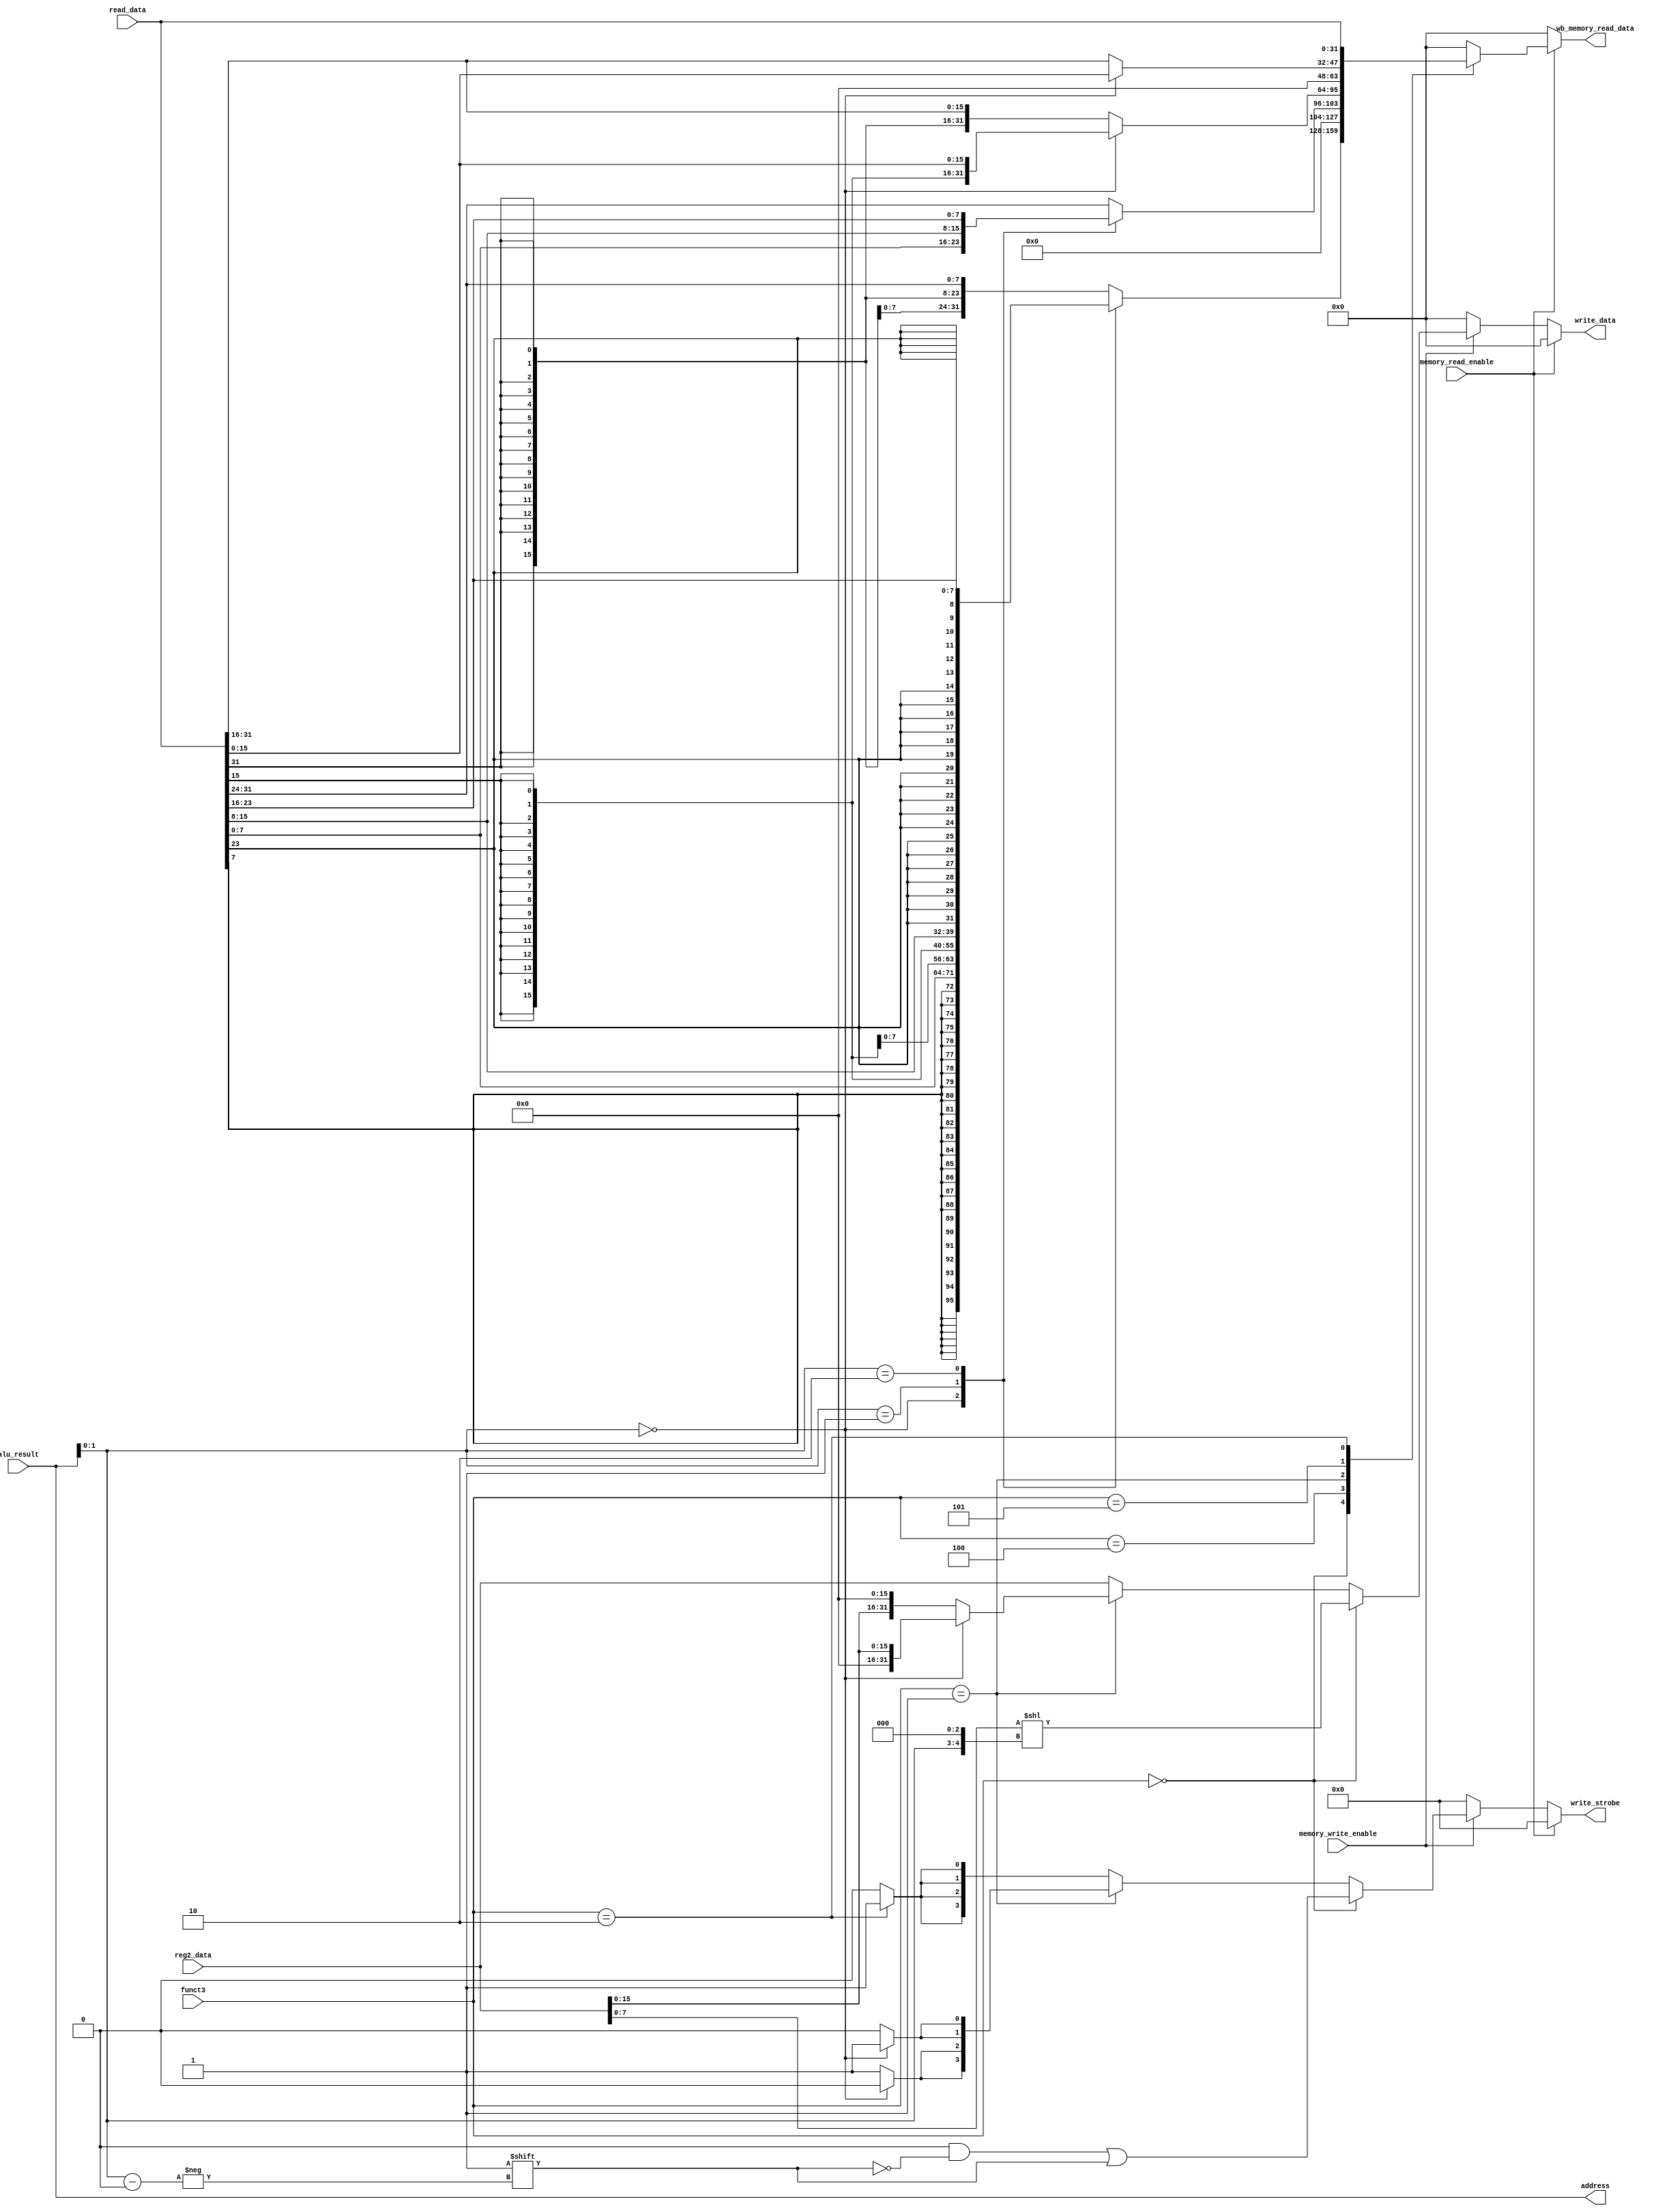
module MemoryAccess(alu_result, reg2_data, memory_read_enable, memory_write_enable, funct3, wb_memory_read_data, address, write_data, write_strobe, read_data); 
// module MemoryAccess(alu_result, reg2_data, memory_read_enable, memory_write_enable, funct3, wb_memory_read_data, address, write_data, write_enable, write_strobe, read_data); 
parameter DataWidth = 32;
parameter AddrWidth = 32;
parameter WordSize = 4;
parameter ByteBits = 8;


input [DataWidth-1:0]alu_result;
input [DataWidth-1:0]reg2_data;
input memory_read_enable;
input memory_write_enable;
input [2:0]funct3;

output reg [DataWidth-1:0]wb_memory_read_data;

//RAMBundle
output [AddrWidth-1:0]address;
output reg [DataWidth-1:0]write_data;
// output write_enable;
output reg [WordSize-1:0]write_strobe;
input [DataWidth-1:0]read_data;

wire [1:0]mem_address_index = alu_result[1:0];
wire [DataWidth-1:0]data = read_data;
assign address = alu_result;

wire [DataWidth-1:0]index_shift = (mem_address_index << 3);

integer i;

// always@(posedge clk or posedge rst)begin
//     if(rst)begin
//         write_enable <= 0;
//         write_data <= 0;
//         address <= alu_result;
//         write_strobe <= 0;
//         wb_memory_read_data <= 0;
//     end
//     else begin
always@(*)begin
    // write_enable = 0;
    write_data <= 0;
    write_strobe <= 0;
    wb_memory_read_data <= 0;
    if(memory_read_enable)begin
        case(funct3)
            3'b000:begin
                case(mem_address_index)
                    0:begin
                        wb_memory_read_data <= {{24{data[7]}}, data[7:0]};
                    end
                    1:begin
                        wb_memory_read_data <= {{24{data[15]}}, data[15:8]};
                    end
                    2:begin
                        wb_memory_read_data <= {{24{data[23]}}, data[23:16]};
                    end
                    default: wb_memory_read_data <= {{24{data[31]}}, data[31:24]};
                endcase
            end
            3'b100:begin
                case(mem_address_index)
                    0:begin
                        wb_memory_read_data <= {{24'd0}, data[7:0]};
                    end
                    1:begin
                        wb_memory_read_data <= {{24'd0}, data[15:8]};
                    end
                    2:begin
                        wb_memory_read_data <= {{24'd0}, data[23:16]};
                    end
                    default: wb_memory_read_data <= {{24'd0}, data[31:24]};
                endcase
            end
            3'b001:begin
                if(mem_address_index == 0)
                    wb_memory_read_data <= {{16{data[15]}}, data[15:0]};
                else
                    wb_memory_read_data <= {{16{data[31]}}, data[31:16]};
            end
            3'b101:begin
                if(mem_address_index == 0)
                    wb_memory_read_data <= {{16'd0}, data[15:0]};
                else
                    wb_memory_read_data <= {{16'd0}, data[31:16]};
            end
            3'b010:begin
                wb_memory_read_data <= data;
            end
            default: wb_memory_read_data <= 0;
        endcase
      end
      else if(memory_write_enable)begin
        write_data <= reg2_data;
        // write_enable <= 1;
        write_strobe <= 0;
        if(funct3 == 3'b000)begin
            write_strobe[mem_address_index] <= 1;
            write_data <= (reg2_data[ByteBits-1:0] << index_shift);
        end
        else if(funct3 == 3'b001)begin
            if(mem_address_index == 0)begin
                for(i=0;i<2;i=i+1)
                    write_strobe[i] <= 1;
                    
                write_data <= reg2_data[15:0];
            end
            else begin
                for(i=2;i<4;i=i+1)begin
                    write_strobe[i] <= 1;
                end
                
                write_data <= (reg2_data[15:0] << 16);
            end
        end
        else if(funct3 == 3'b010)begin
            for(i=0;i<4;i=i+1)
                write_strobe[i] <= 1;

           
        end
      end
    end
// end


endmodule